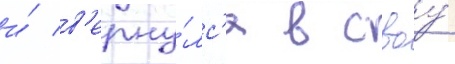
и́ в'ерну́лс'я в своу́